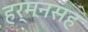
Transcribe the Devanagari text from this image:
हर्मनसह